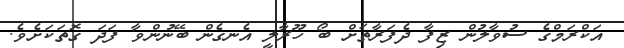
އަކްރަމްގެ ސުވާލުން ޒިފާ ދެފަރާތަށް ބޯ ހޫރާލީ އެނގެން ބޭނުންވާ ފަދަ ގޮތަކަށެވެ.